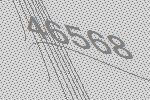
46568